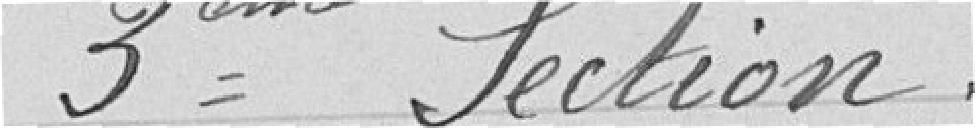
3ème section